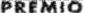
PREMIO